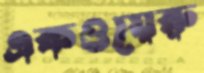
একওয়েরু